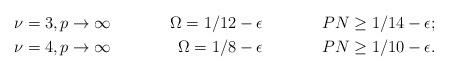
LaTeX: \begin{align*}\nu=3, p \rightarrow \infty&& \Omega=1/12-\epsilon&& PN\geq 1/14-\epsilon;\\\nu=4, p \rightarrow \infty&& \Omega=1/8-\epsilon&& PN\geq 1/10-\epsilon.\end{align*}